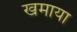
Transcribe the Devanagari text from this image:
खमाया